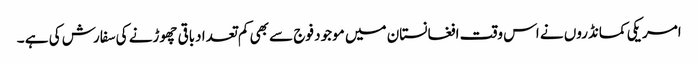
امریکی کمانڈروں نے اس وقت افغانستان میں موجود فوج سے بھی کم تعدا دباقی چھوڑنے کی سفارش کی ہے ۔